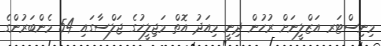
މިނިސްޓަރ އަޒްލީނަށް ރުހުން ދިނީ މިއަދު އޮތް މަޖިލީހުގެ ޖަލްސާގައި 54 މެންބަރުންގެ